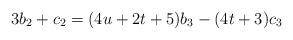
LaTeX: \begin{align*}& 3b_2+c_2=(4u+2t+5)b_3-(4t+3)c_3\end{align*}